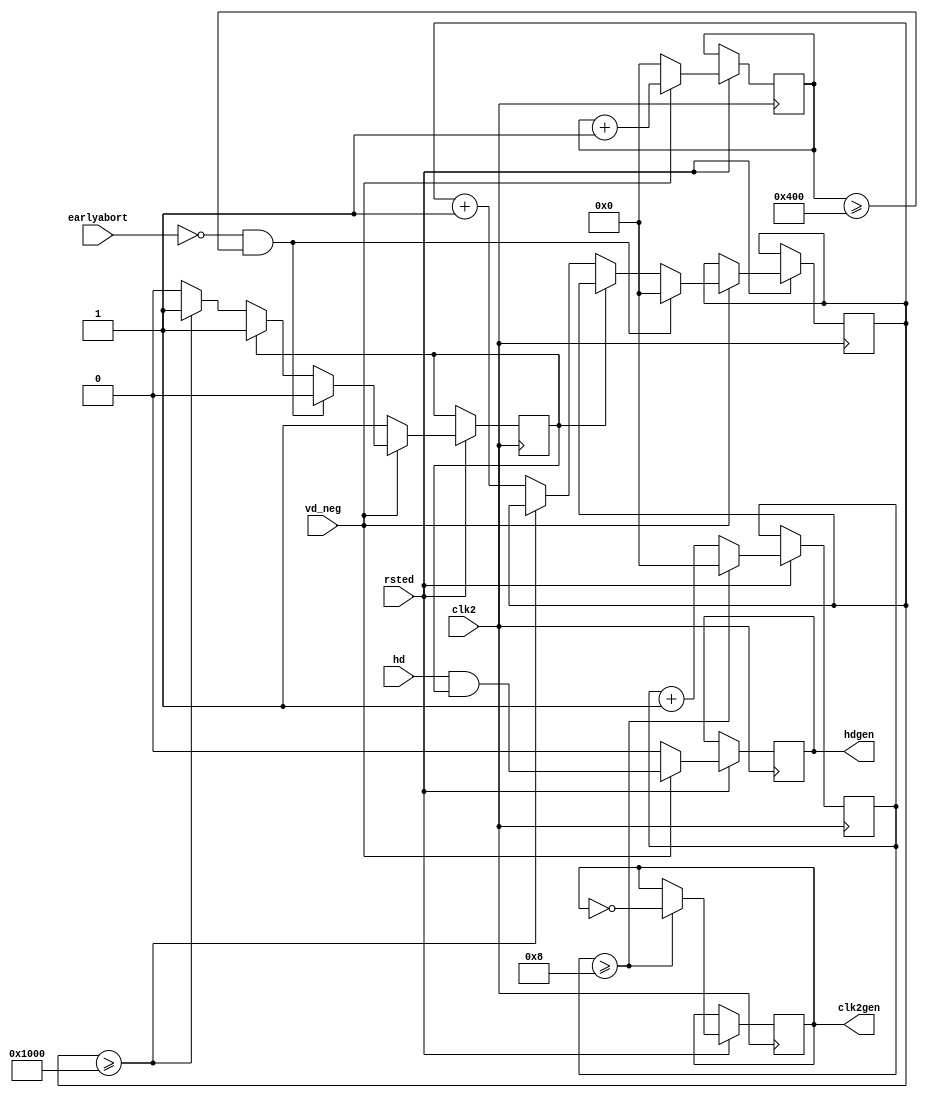

module sample_backpressure(rsted, clk2, vd_neg, hd, earlyabort, hdgen, clk2gen);
	input rsted, clk2, vd_neg, hd, earlyabort;
	output hdgen, clk2gen;
	
	reg earlyabort_state;
	reg [29:0] clk2counts;
	reg [29:0] hdcounts;
	reg [29:0] vdcounts;
	reg hdgen;
	reg clk2gen;
	
	initial begin
		earlyabort_state = 1'b1; // no abort
		clk2counts = 30'b0;
		hdcounts = 30'b0; 
		vdcounts = 30'b0; // vd at least counts to 1024 
		hdgen = 1'b0;
		clk2gen = 1'b0;
	end
	
	parameter clk2max = 8;  // 8 clk2 to 1 clk2gen
	parameter hdgenmax = 4096; // earlyabort delay by 16384 clk2
	parameter docount = 1; // 1: hold for hdgenmax. other: hold till vd_neg low
	
	always @(posedge clk2)
	begin
		if ( rsted == 1'b1 ) begin
			if ( vd_neg == 1'b0 ) begin
				earlyabort_state <= 1'b1;
				vdcounts <= 30'b0;
				hdgen <= 1'b0;
			end else begin
				vdcounts <= vdcounts + 1;
			   if ( earlyabort == 1'b0 && vdcounts >= 1024 ) begin
				   earlyabort_state <= 1'b0;
				   hdcounts <= 30'b0;
				end else begin
					if ( earlyabort_state == 1'b0 ) begin
						if ( hdcounts >= hdgenmax ) begin
							earlyabort_state <= 1'b1;
						end else if ( docount == 1 ) begin
							hdcounts <= hdcounts + 1;
						end
					end
				end
				hdgen <= (hd && earlyabort_state);
			end 
			// divided c2 clock for debugging
			if ( clk2counts >= clk2max ) begin
				clk2counts <= 30'b0;
				clk2gen <= ! clk2gen;
			end else begin
				clk2counts <= clk2counts + 1;
			end
		end
	end
endmodule